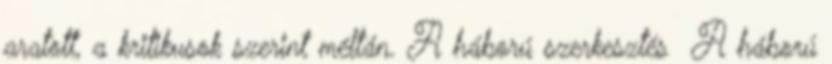
aratott, a kritikusok szerint méltán. A háború szerkesztés A háború